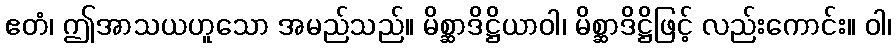
ဧတံ၊ ဤအာသယဟူသော အမည်သည်။ မိစ္ဆာဒိဋ္ဌိယာဝါ၊ မိစ္ဆာဒိဋ္ဌိဖြင့် လည်းကောင်း။ ဝါ၊